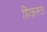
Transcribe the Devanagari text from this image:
शिक़स्ता